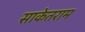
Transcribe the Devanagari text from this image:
साकेतराम